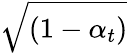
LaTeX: \sqrt{(1-\alpha_{t})}